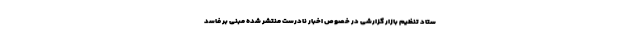
ستاد تنظیم بازار گزارشی در خصوص اخبار نادرست منتشر شده مبنی بر فاسد